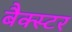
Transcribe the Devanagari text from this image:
बैक्स्टर